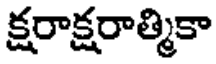
క్షరాక్షరాత్మికా